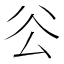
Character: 𠫥